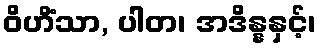
ဝိဟိံသာ, ပါတ၊ အဒိန္နနှင့်၊